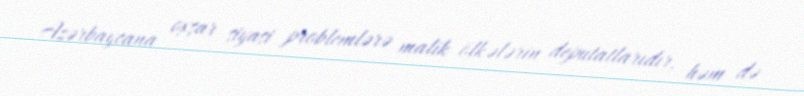
Azərbaycana oxşar siyasi problemlərə malik ölkələrin deputatlarıdır, həm də